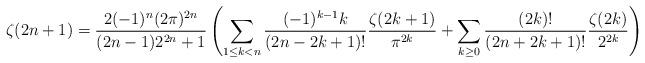
LaTeX: \begin{align*} \zeta(2n+1) & = \frac{2 (-1)^n (2\pi)^{2n}}{(2n-1) 2^{2n} + 1} \left( \sum_{1 \leq k < n} \frac{(-1)^{k-1} k}{(2n-2k+1)!} \frac{\zeta(2k+1)}{\pi^{2k}} + \sum_{k \geq 0} \frac{(2k)!}{(2n+2k+1)!} \frac{\zeta(2k)}{2^{2k}} \right) \end{align*}